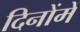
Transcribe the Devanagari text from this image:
दिनोंमें